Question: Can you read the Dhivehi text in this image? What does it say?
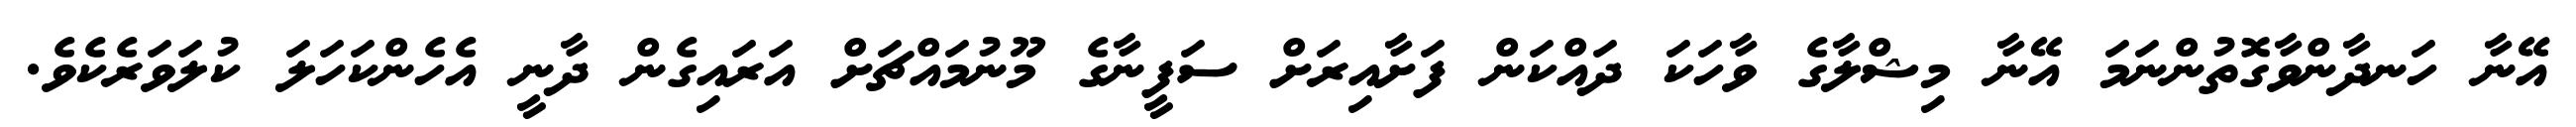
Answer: އޭނާ ހަނދާންވާގޮތުންނަމަ އޭނާ މިޝްލާގެ ވާހަކަ ދައްކަން ފަށާއިރަށް ސަފީނާގެ މޫނުމައްޗަށް އަރައިގެން ދާނީ އެހެންކަހަލަ ކުލަވަރެކެވެ.